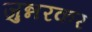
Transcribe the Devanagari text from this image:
जुन्नरकर